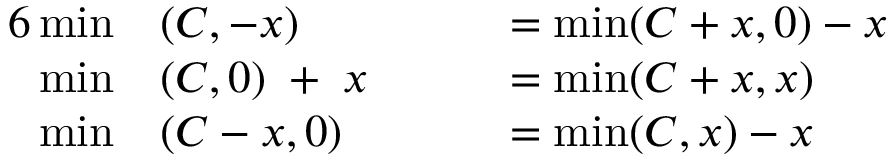
{ \begin{array} { r l r l } { { 6 } \operatorname* { m i n } } & { ( C , - x ) } & & { = \operatorname* { m i n } ( C + x , 0 ) - x } \\ { \operatorname* { m i n } } & { ( C , 0 ) \; + \; x \; \; \; \; } & & { = \operatorname* { m i n } ( C + x , x ) } \\ { \operatorname* { m i n } } & { ( C - x , 0 ) } & & { = \operatorname* { m i n } ( C , x ) - x } \end{array} }